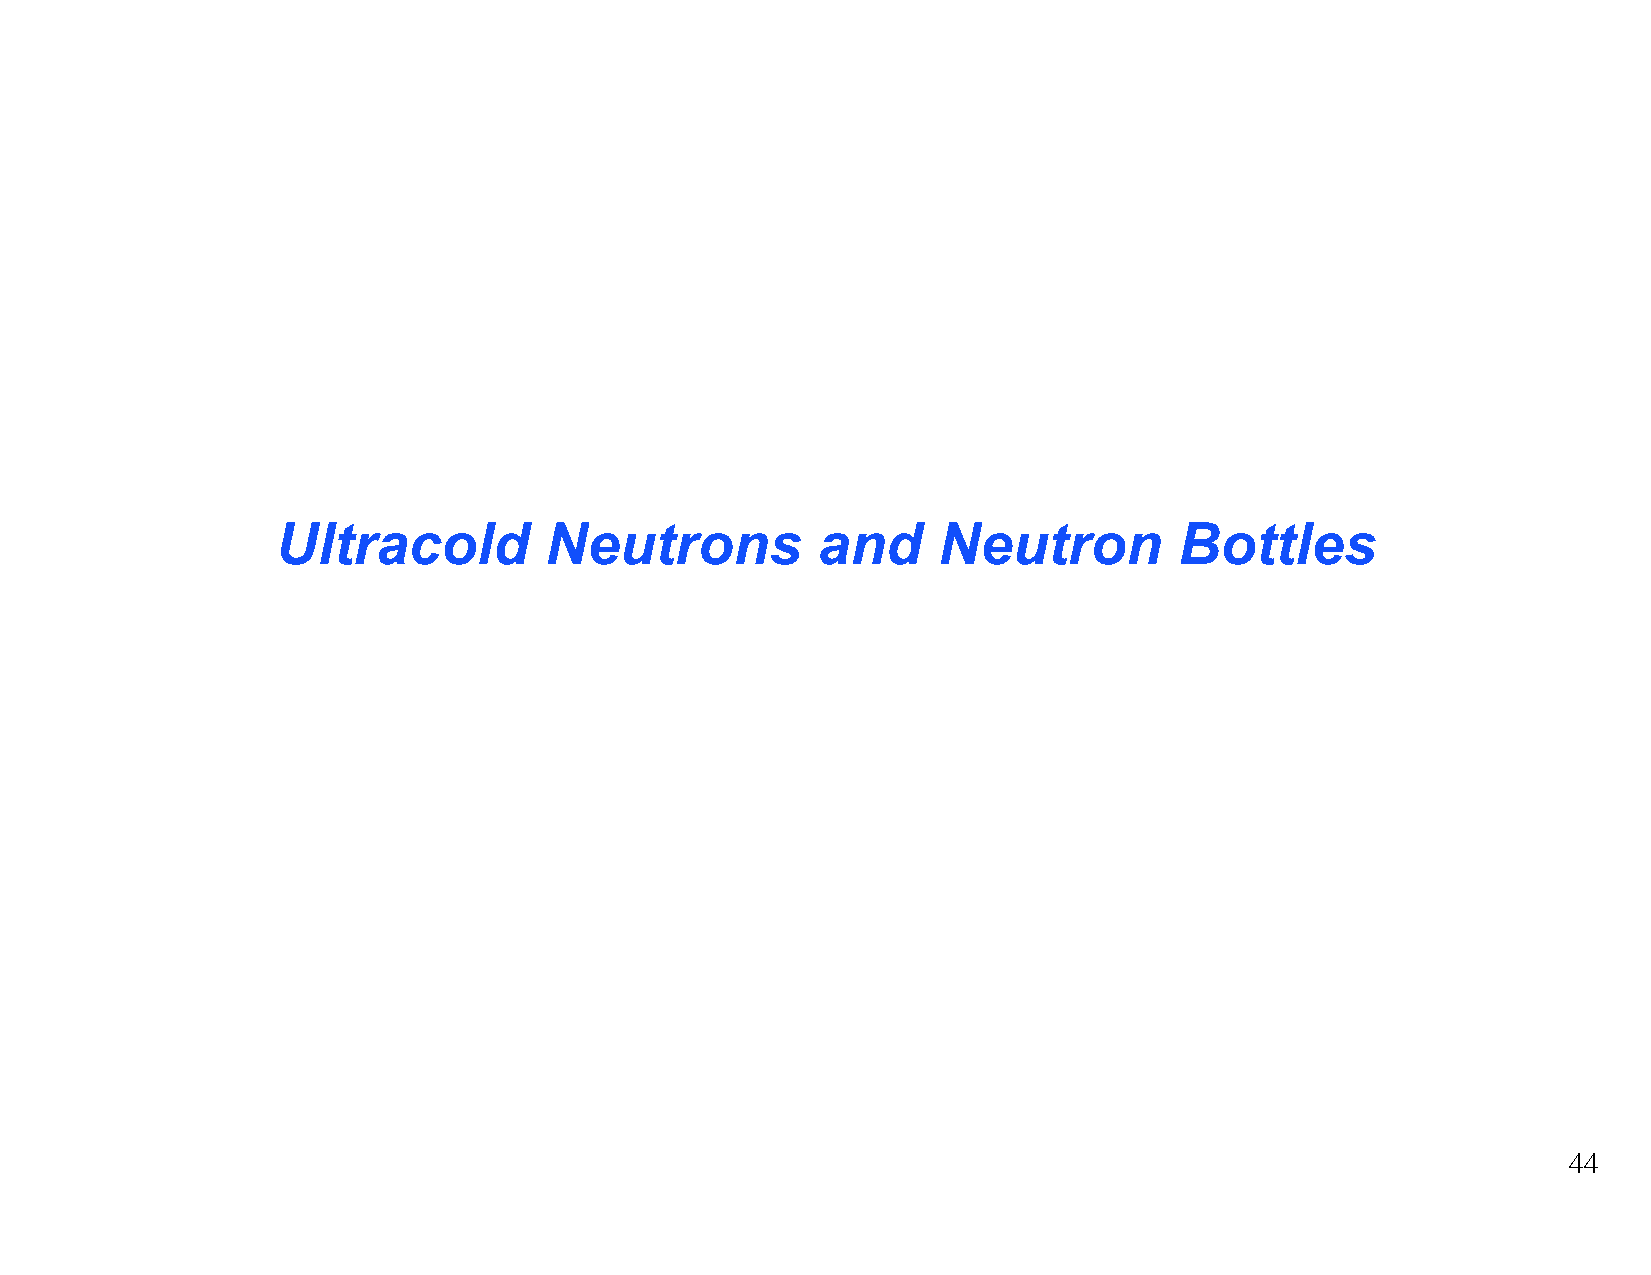
Ultracold         Neutrons          and     Neutron         Bottles
 44